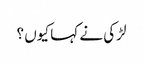
لڑکی نے کہا کیوں ؟